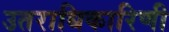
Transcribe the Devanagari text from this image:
उतराधिकारिणी